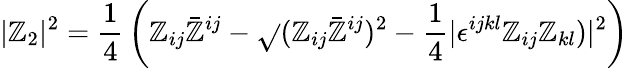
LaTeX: |\mathbb{Z}_{2}|^{2}={\frac{{1}}{{4}}}\left(\mathbb{Z}_{ij}\bar{{\mathbb{Z}}}^{ij}-\sqrt{}{{(\mathbb{Z}_{ij}\bar{{\mathbb{Z}}}^{ij})^{2}-{\frac{{1}}{{4}}}|\epsilon^{ijkl}\mathbb{Z}_{ij}\mathbb{Z}_{kl})|^{2}}}\right)